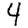
Digit: 4